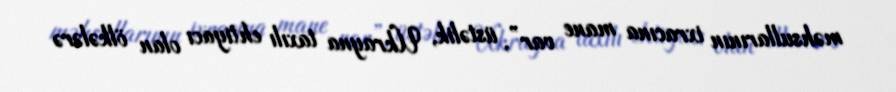
məhsullarının ixracına mane var”, üstəlik, Ukrayna taxılı ehtiyacı olan ölkələrə